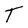
Character: T